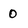
Character: 0